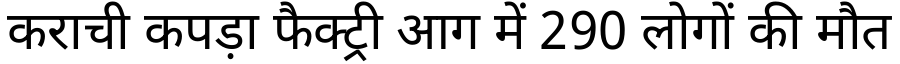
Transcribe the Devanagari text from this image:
कराची कपड़ा फैक्ट्री आग में 290 लोगों की मौत